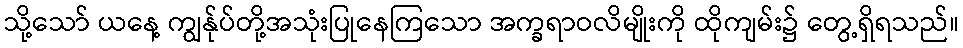
သို့သော် ယနေ့ ကျွန်ုပ်တို့အသုံးပြုနေကြသော အက္ခရာဝလိမျိုးကို ထိုကျမ်း၌ တွေ့ရှိရသည်။